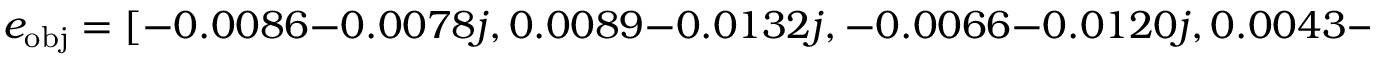
e _ { \mathrm { o b j } } = [ - 0 . 0 0 8 6 - 0 . 0 0 7 8 j , 0 . 0 0 8 9 - 0 . 0 1 3 2 j , - 0 . 0 0 6 6 - 0 . 0 1 2 0 j , 0 . 0 0 4 3 - 0 . 0 0 0 4 j ]